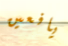
يافعين